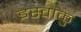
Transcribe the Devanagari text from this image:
इस्वाकु